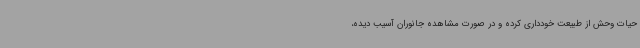
حیات وحش از طبیعت خودداری کرده و در صورت مشاهده جانوران آسیب دیده،